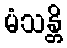
မံသန္တိ